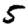
Digit: 5